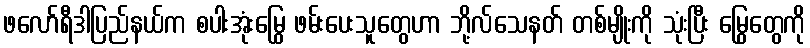
ဖလော်ရီဒါပြည်နယ်က စပါးအုံးမြွေ ဖမ်းပေးသူတွေဟာ ဘို့လ်သေနတ် တစ်မျိုးကို သုံးပြီး မြွေတွေကို